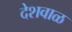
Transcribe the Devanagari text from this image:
देशवाळ